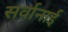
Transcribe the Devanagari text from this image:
सर्वानाई